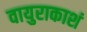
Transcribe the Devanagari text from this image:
वायुराकाशं